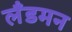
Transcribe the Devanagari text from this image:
लँडमन